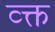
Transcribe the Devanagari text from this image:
व्क्त